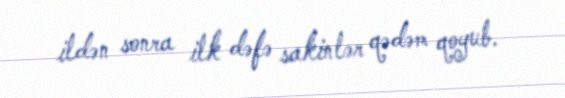
ildən sonra ilk dəfə sakinlər qədəm qoyub.